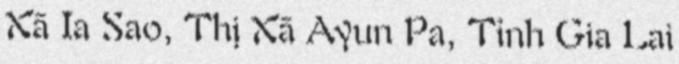
Xã Ia Sao, Thị Xã Ayun Pa, Tỉnh Gia Lai